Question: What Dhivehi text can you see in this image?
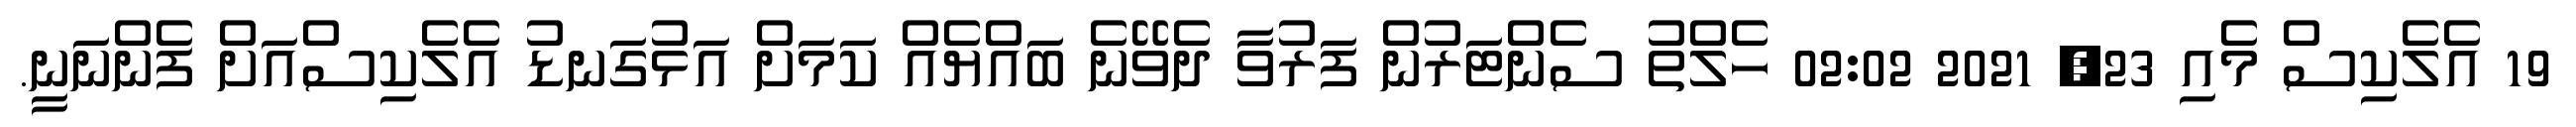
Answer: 19 އެލެކިސް މެއި 23, 2021 02:02 ހެލްތު ސެންޓަރުން ފަރުވާ ދެވޭނެ ބައްޔެއް ކަމަށް އަޅުގަނޑު އެލެކިސްއަށް ފެންނަނީ.